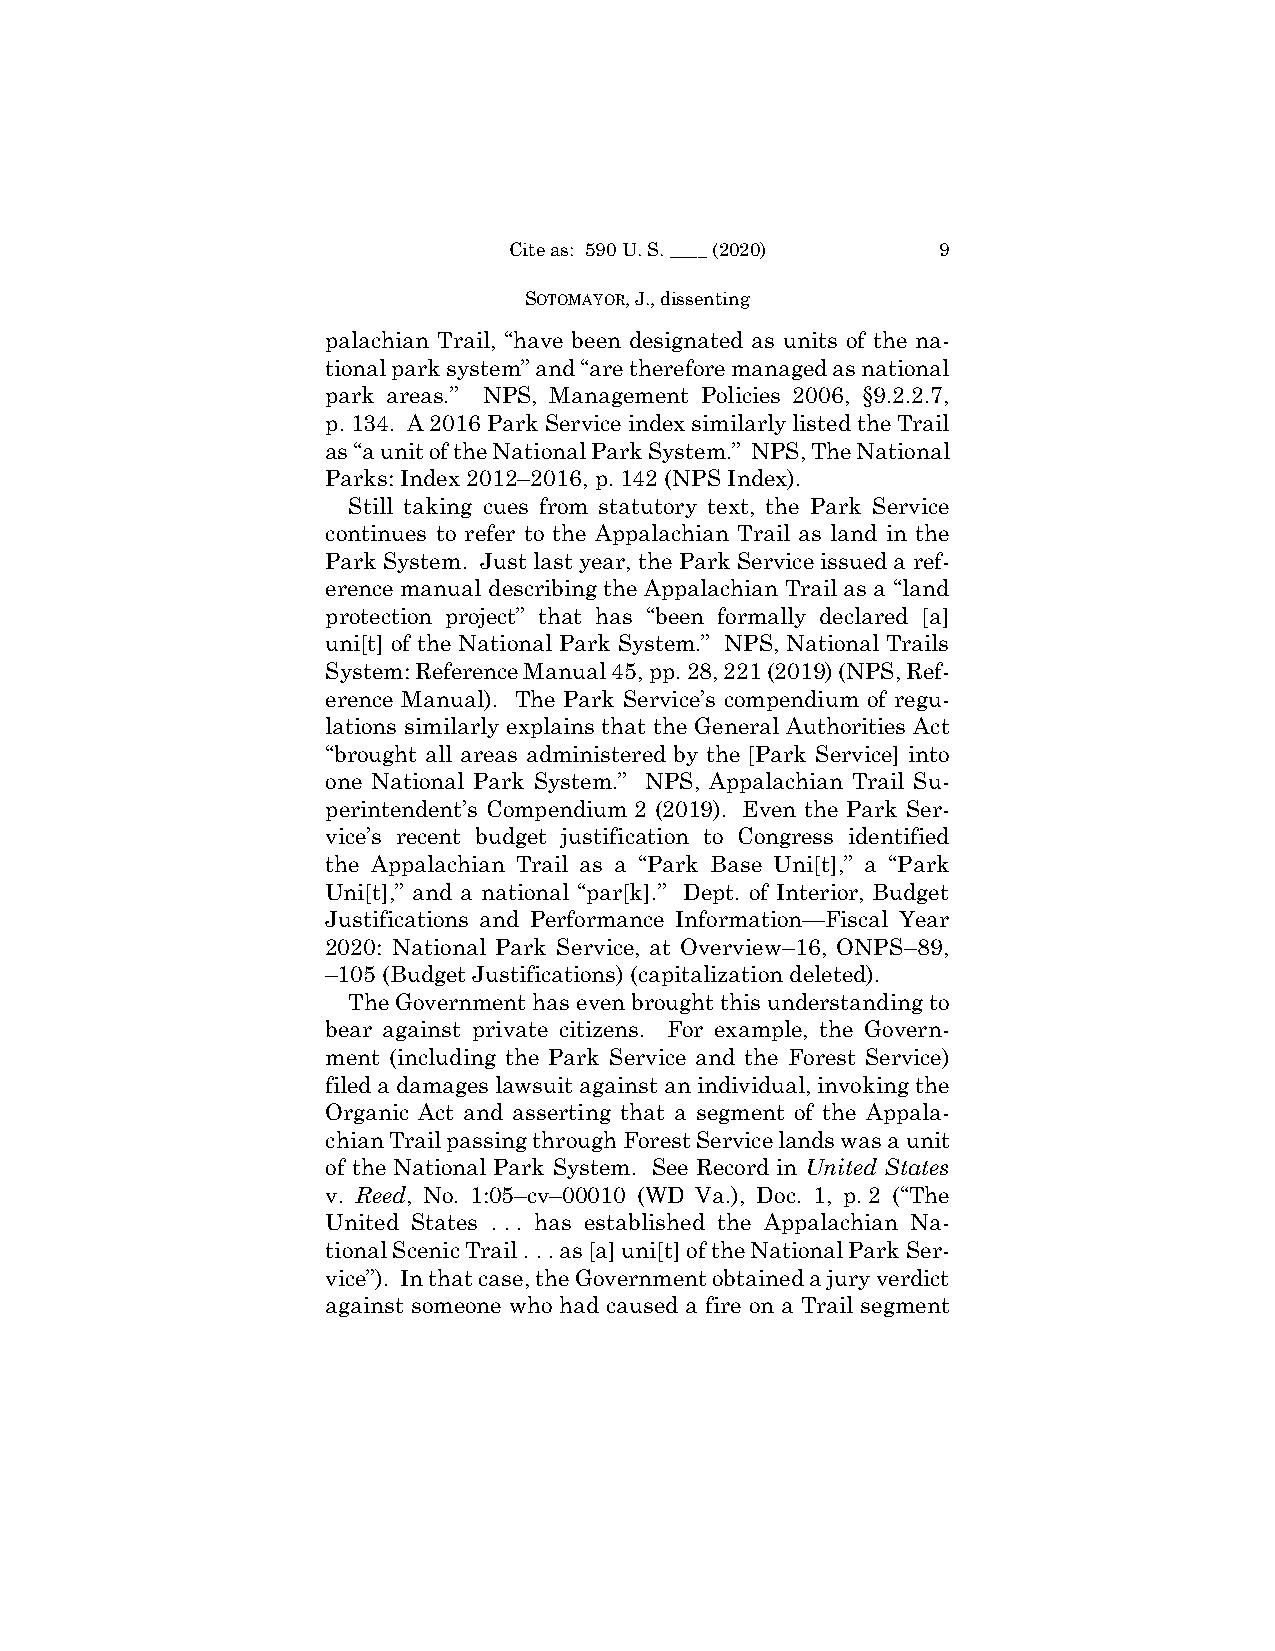
Cite as: 590 U. S. ____ (2020) 9
 SOTOMAYOR, J., dissenting
 palachian Trail, “have been designated as units of the na-
 tional park system” and “are therefore managed as national
 park areas.” NPS, Management Policies 2006, §9.2.2.7,
 p. 134. A 2016 Park Service index similarly listed the Trail
 as “a unit of the National Park System.” NPS, The National
 Parks: Index 2012–2016, p. 142 (NPS Index).
 Still taking cues from statutory text, the Park Service
 continues to refer to the Appalachian Trail as land in the
 Park System. Just last year, the Park Service issued a ref-
 erence manual describing the Appalachian Trail as a “land
 protection project” that has “been formally declared [a]
 uni[t] of the National Park System.” NPS, National Trails
 System: Reference Manual 45, pp. 28, 221 (2019) (NPS, Ref-
 erence Manual). The Park Service’s compendium of regu-
 lations similarly explains that the General Authorities Act
 “brought all areas administered by the [Park Service] into
 one National Park System.” NPS, Appalachian Trail Su-
 perintendent’s Compendium 2 (2019). Even the Park Ser-
 vice’s recent budget justification to Congress identified
 the Appalachian Trail as a “Park Base Uni[t],” a “Park
 Uni[t],” and a national “par[k].” Dept. of Interior, Budget
 Justifications and Performance Information—Fiscal Year
 2020: National Park Service, at Overview–16, ONPS–89,
 –105 (Budget Justifications) (capitalization deleted).
 The Government has even brought this understanding to
 bear against private citizens. For example, the Govern-
 ment (including the Park Service and the Forest Service)
 filed a damages lawsuit against an individual, invoking the
 Organic Act and asserting that a segment of the Appala-
 chian Trail passing through Forest Service lands was a unit
 of the National Park System. See Record in United States
 v. Reed, No. 1:05–cv–00010 (WD Va.), Doc. 1, p. 2 (“The
 United States . . . has established the Appalachian Na-
 tional Scenic Trail . . . as [a] uni[t] of the National Park Ser-
 vice”). In that case, the Government obtained a jury verdict
 against someone who had caused a fire on a Trail segment